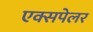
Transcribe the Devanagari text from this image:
एक्सपेलर